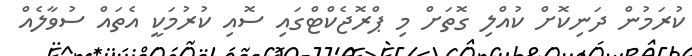
ކުރަމުން ދަނިކޮށް ކުއްލި ގޮތަށް މި ޕްރޮޖެކްޓްގައި ސޮއި ކުރުމަކީ އެތައް ސުވާލެއް